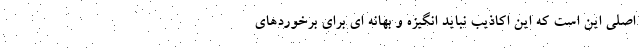
اصلی این است که این اکاذیب نباید انگیزه و بهانه ای برای برخوردهای